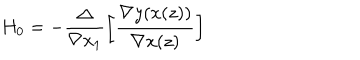
H _ { 0 } = - \frac { \Delta } { \nabla x _ { 1 } } \left[ \frac { \nabla y ( x ( z ) ) } { \nabla x ( z ) } \right]